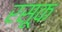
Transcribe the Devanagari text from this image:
रसूक